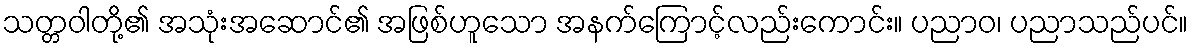
သတ္တဝါတို့၏ အသုံးအဆောင်၏ အဖြစ်ဟူသော အနက်ကြောင့်လည်းကောင်း။ ပညာဝ၊ ပညာသည်ပင်။